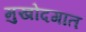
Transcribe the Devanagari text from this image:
मुखोदगात